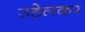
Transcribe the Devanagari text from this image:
उड़ेलकर